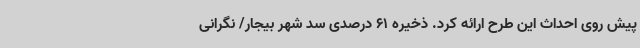
پیش روی احداث این طرح ارائه کرد. ذخیره 61 درصدی سد شهر بیجار/ نگرانی